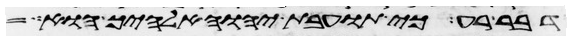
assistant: דבר רע כי תועבת יהוה אלהיך הוא